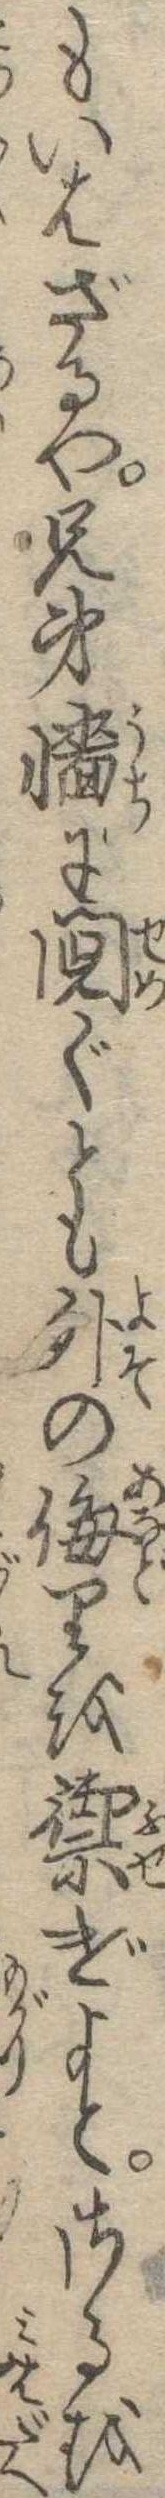
もいはざるや兄弟牆に鬩ぐとも外の侮りを禦げよとさるを